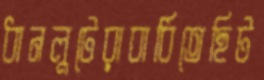
ধানলুটেরাবাধিতেছিট